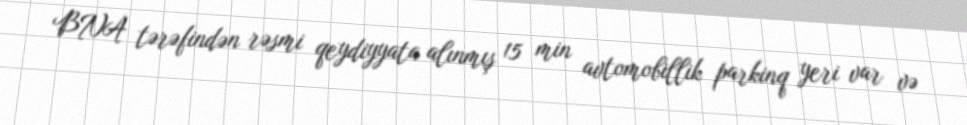
BNA tərəfindən rəsmi qeydiyyata alınmış 15 min avtomobillik parkinq yeri var və